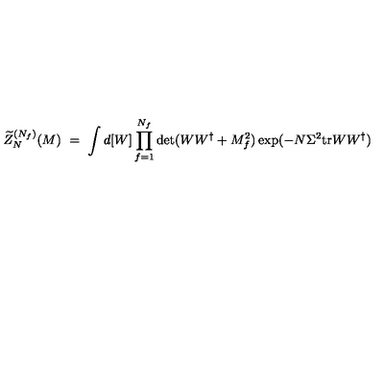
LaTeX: \widetilde { Z } _ { N } ^ { ( N _ { f } ) } ( M ) \ = \ \int d [ W ] \prod _ { f = 1 } ^ { N _ { f } } \det ( W W ^ { \dagger } + M _ { f } ^ { 2 } ) \exp ( - N \Sigma ^ { 2 } { \mathrm { t r } } W W ^ { \dagger } )